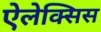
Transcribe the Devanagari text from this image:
ऐलेक्‍सिस